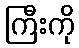
ကြီးကို